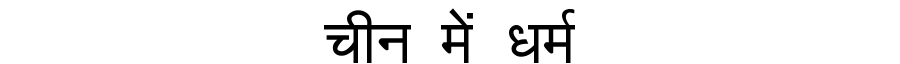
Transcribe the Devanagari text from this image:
चीन में धर्म